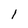
Character: l